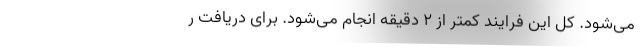
می‌شود. کل این فرایند کمتر از 2 دقیقه انجام می‌شود. برای دریافت ر